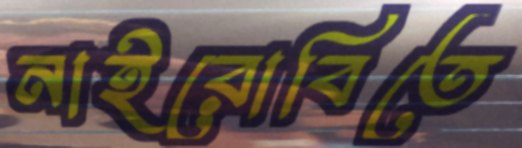
নাইরোবিতে